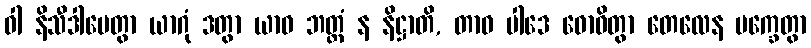
ဝါ နိသီဒါပေတွာ ယာဂုံ ဒတွာ ယာဝ ဘတ္တံ န နိဋ္ဌာတိ, တာဝ ပါဒေ ဓောဝိတွာ တေလေန မက္ခေတွာ